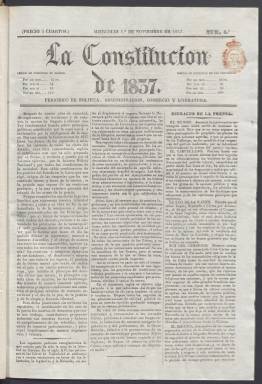
Título: La Constitución de 1837
Colección: Periódicos anteriores a 1850
Ámbito geográfico: Madrid
Lugar de publicación: Madrid
Fechas: 01/11/1837-31/12/1837